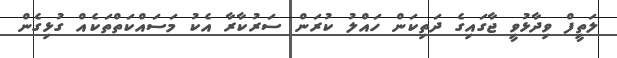
ލަތީފް ވިދާޅުވީ ޖާގައިގެ ދަތިކަން ހައްލު ކުރަން ސަރުކާރާ އެކު މަސައްކަތްތަކެއް ގުޅިގެން